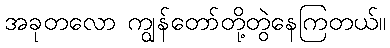
အခုတလော ကျွန်တော်တို့တွဲနေကြတယ်။